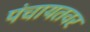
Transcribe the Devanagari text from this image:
पंचायतवर